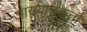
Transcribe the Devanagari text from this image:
आख्यानकर्ता